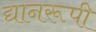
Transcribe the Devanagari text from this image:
द्यानरूपी